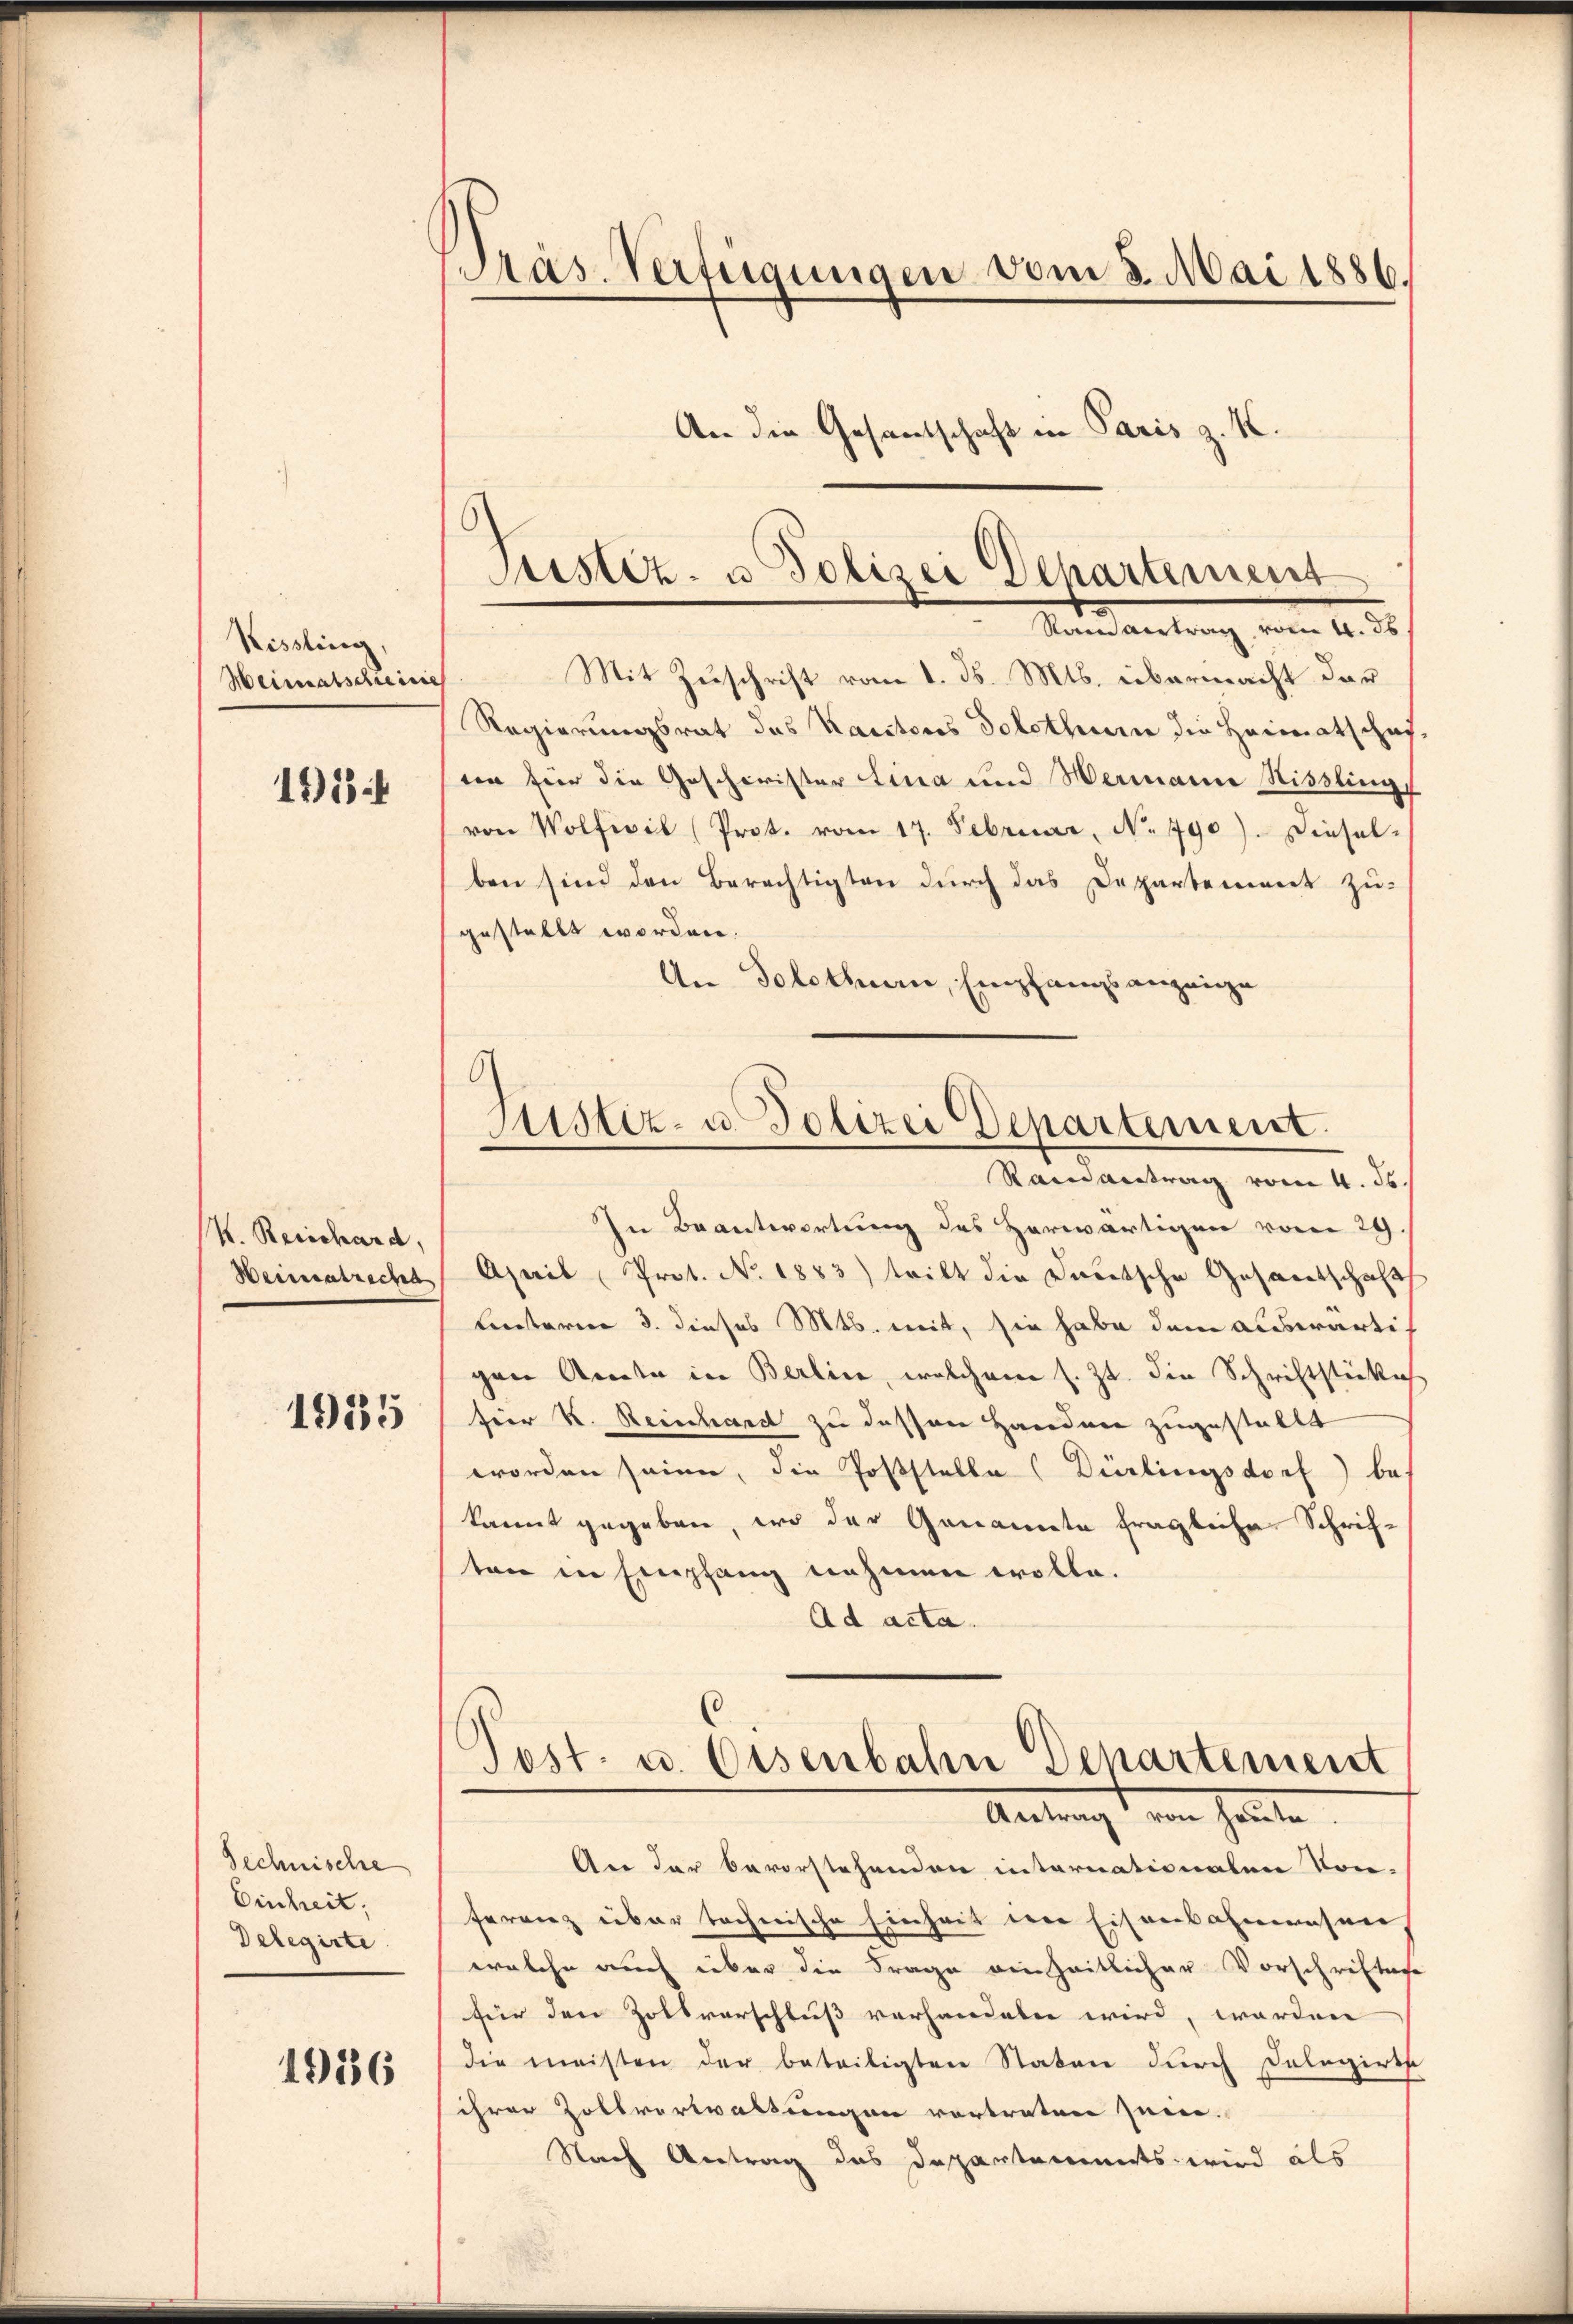
Kissling,
Weimatscheine

193

K. Reischard,
Weimatricht
1935

Technische
Einheit.
Delegirte

1916

Präs. Verfügungen vom 3. Mai 1886.
An die Gesantschaft in Paris z. K.

Mit Zuschrift vom 1. ds. Mts. übermacht dar¬
Regierungsrat des Kantons Solothur die Heimatschaft
in für die Geschwister Lina und Wermann Rissling-
von Wolfeil (Prot. vom 17. Februar, No 790). Diesel-
ben sind den Berechtigten durch das Departement zu-
gestellt worden.
An Solothurn, Empfangsanzeige
In Beantwortung des Herwärtigen vom 29.
April (Prot. No. 1883) tritt die Deutsche Gesaretschaft
Lnterne 3. dieses Mts. mit, sie habe dem auswärtigen Acta in Berline, welchem s. Zt. die Schriftstückich
fier K. Reinhard zu dessen Handen zugestallt
worden seinen, die Poststelle (Dürlingsdorf) be-
kannt gegeben, wo der Genannte fragliche Schriften in Empfang nehmen wolle.
Ad acta.
Post- u. Eisenbahn Departement
Aretrag von heute
An der bevorstehenden internationalen Kon-
ferenz über technische Einheit der Eisenbahnwesen
welche auch über die Frage einheitlicher Vorschriften
für den Zollvorschluß vorhandeln wird, worden
die meisten der beteiligten Staten durch Dolegirte
ihrer Zollvorwaltungen vortreten sein.
Nach Antrag des Departements, wird als

Justiz- u Polizei Departement
Vandartung vom 14. 20.

6
Justiz- u. Polizei Departement.
Randantrag vom 4. ds.